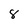
Character: 8